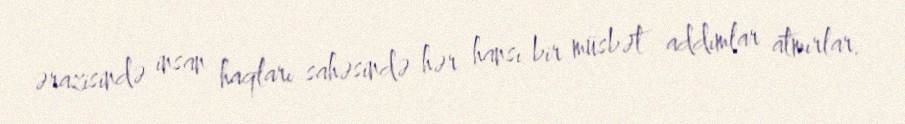
ərazisində insan haqları sahəsində hər hansı bir müsbət addımlar atmırlar.